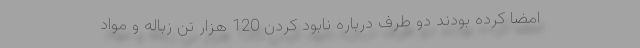
امضا کرده بودند دو طرف درباره نابود کردن 120 هزار تن زباله و مواد